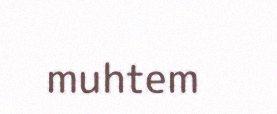
muhtem